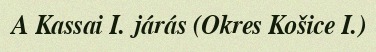
A Kassai I. járás (Okres Košice I.)